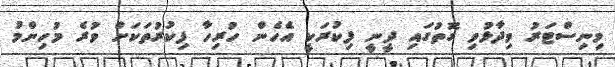
މިނިސްޓަރު ވިދާޅުވި ގޮތުގައި ދީނީ ފިކުރަކީ އެހެން ހުރިހާ ފިކުރުތަކަށް ވުރެ މުހިންމު